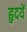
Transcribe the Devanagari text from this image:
हृदयें